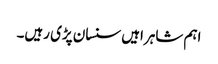
اہم شاہراہیں سنسان پڑی رہیں۔